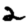
Digit: 2